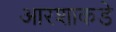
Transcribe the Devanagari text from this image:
आरशाकडे